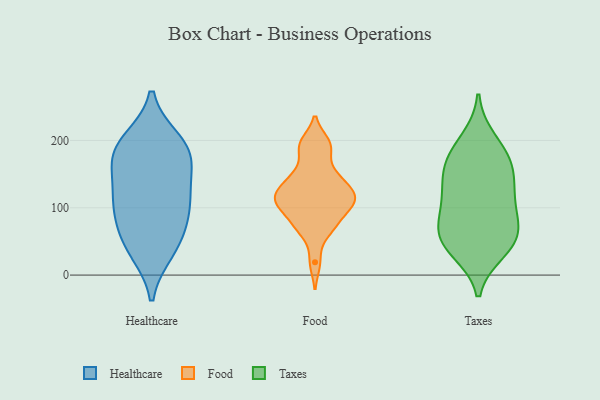
{"axis": {"x": "Market Share (%)", "y": "Value"}, "legend": ["Food", "Healthcare", "Taxes"], "data": [{"x": "", "y": 107, "type": "Healthcare"}, {"x": "", "y": 198, "type": "Healthcare"}, {"x": "", "y": 164, "type": "Healthcare"}, {"x": "", "y": 120, "type": "Healthcare"}, {"x": "", "y": 115, "type": "Healthcare"}, {"x": "", "y": 186, "type": "Healthcare"}, {"x": "", "y": 37, "type": "Healthcare"}, {"x": "", "y": 174, "type": "Healthcare"}, {"x": "", "y": 44, "type": "Healthcare"}, {"x": "", "y": 92, "type": "Healthcare"}, {"x": "", "y": 61, "type": "Healthcare"}, {"x": "", "y": 188, "type": "Healthcare"}, {"x": "", "y": 102, "type": "Food"}, {"x": "", "y": 145, "type": "Food"}, {"x": "", "y": 192, "type": "Food"}, {"x": "", "y": 70, "type": "Food"}, {"x": "", "y": 155, "type": "Food"}, {"x": "", "y": 126, "type": "Food"}, {"x": "", "y": 19, "type": "Food"}, {"x": "", "y": 108, "type": "Food"}, {"x": "", "y": 142, "type": "Food"}, {"x": "", "y": 196, "type": "Food"}, {"x": "", "y": 190, "type": "Food"}, {"x": "", "y": 111, "type": "Food"}, {"x": "", "y": 121, "type": "Food"}, {"x": "", "y": 71, "type": "Food"}, {"x": "", "y": 108, "type": "Food"}, {"x": "", "y": 73, "type": "Food"}, {"x": "", "y": 124, "type": "Food"}, {"x": "", "y": 100, "type": "Food"}, {"x": "", "y": 118, "type": "Taxes"}, {"x": "", "y": 49, "type": "Taxes"}, {"x": "", "y": 64, "type": "Taxes"}, {"x": "", "y": 37, "type": "Taxes"}, {"x": "", "y": 200, "type": "Taxes"}, {"x": "", "y": 173, "type": "Taxes"}, {"x": "", "y": 96, "type": "Taxes"}, {"x": "", "y": 47, "type": "Taxes"}, {"x": "", "y": 170, "type": "Taxes"}, {"x": "", "y": 137, "type": "Taxes"}, {"x": "", "y": 58, "type": "Taxes"}, {"x": "", "y": 168, "type": "Taxes"}, {"x": "", "y": 85, "type": "Taxes"}, {"x": "", "y": 130, "type": "Taxes"}]}